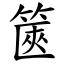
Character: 篋